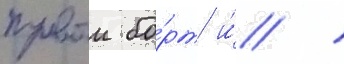
правыи бо́рт и́ /